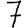
Digit: 7